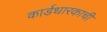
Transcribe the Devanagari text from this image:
कार्डधारकाची